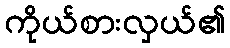
ကိုယ်စားလှယ်၏